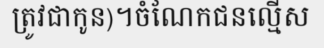
ត្រូវជាកូន)។ចំណែកជនល្មើស